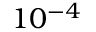
1 0 ^ { - 4 }